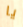
يا